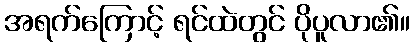
အရက်ကြောင့် ရင်ထဲတွင် ပိုပူလာ၏။